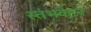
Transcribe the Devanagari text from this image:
स्तंभवेष्टन